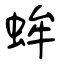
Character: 蛑